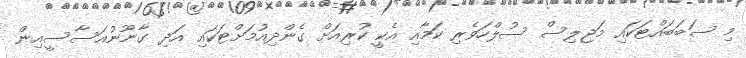
މި ސަބަބައްޓަކައި މަޖިލިސް ސުލްހަވެރި ކަމާއި އެކީ ކުރިއަށް ގެންދިއުމަށްޓަކައި އަދި ގާނޫނުއަސާސީއިން